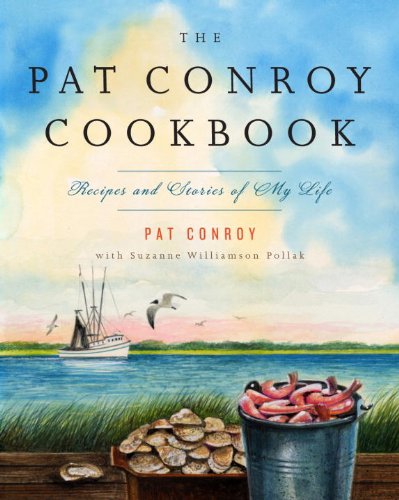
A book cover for The Pat Conroy Cookbook: Recipes and Stories of My Life; Pat Conroy; Cookbooks, Food & Wine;